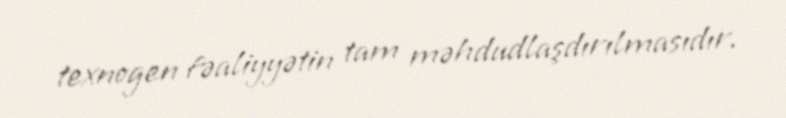
texnogen fəaliyyətin tam məhdudlaşdırılmasıdır.